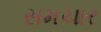
સમચાર